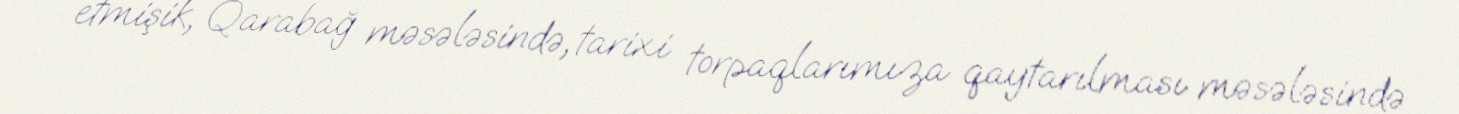
etmişik, Qarabağ məsələsində, tarixi torpaqlarımıza qaytarılması məsələsində